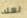
لعله